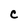
Character: C